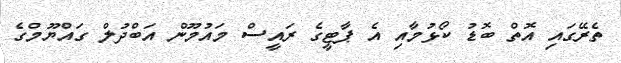
ތެރޭގައި އޮތް ބޮޑު ކޯޅުމާއި އެ ޕާޓީގެ ރައީސް މައުމޫން އަބްދުލް ގައްޔޫމްގެ